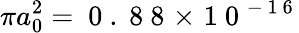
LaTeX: {\pi a_{0}^{2}=\mathrm{~0~.~8~8~}\! \times\! \mathrm{~1~0~}^{-\mathrm{~1~6~}}}